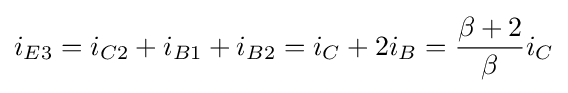
i_{E3}=i_{C2}+i_{B1}+i_{B2}=i_{C}+2i_{B}={\frac {\beta +2}{\beta }}i_{C}